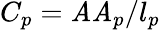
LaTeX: C_{p}=\mathit{A}\mathit{A}_{p}/l_{p}